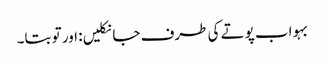
بہو اب پوتے کی طرف جا نکلیں: اور تو بتا۔